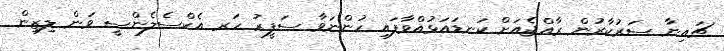
ޗައިނާ ސަރުކާރުން ރާއްޖެއަށް ކަނޑައަޅުއްވާފައި ހުންނަވާ ސަފީރު ހަރ އެކްސެލެންސީ ވަން ލިޒިން